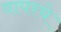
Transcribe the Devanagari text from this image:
वापरचे